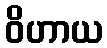
ဝိဟာယ